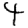
Digit: 4